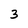
Character: 3